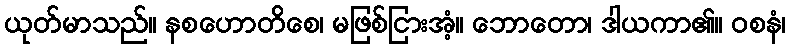
ယုတ်မာသည်။ နစဟောတိစေ၊ မဖြစ်ငြားအံ့။ ဘောတော၊ ဒါယကာ၏။ ဝစနံ၊